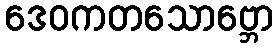
ဒေဝကတသောဗ္ဘော